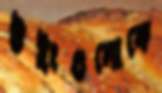
উইংগুলোকে